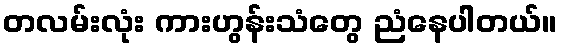
တလမ်းလုံး ကားဟွန်းသံတွေ ညံနေပါတယ်။